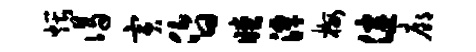
煨谒寅昏瞠潭梅健廊